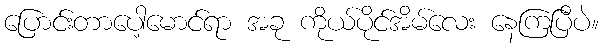
ပြောင်းတာပေါ့မောင်ရာ အခု ကိုယ်ပိုင်အိမ်လေး နေကြပြီပဲ။